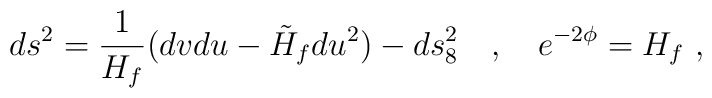
ds^2 = \frac{1}{H_f} (dv du - \tilde{H}_f du^2) - ds^2_8 \quad ,\quad e^{-2\phi} = H_f \ ,